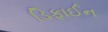
ડિફાઈન